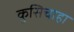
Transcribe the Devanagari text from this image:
कुसिचाहा